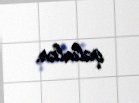
qalırlar.